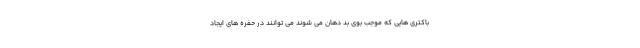
باکتری هایی که موجب بوی بد دهان می شوند می توانند در حفره های ایجاد